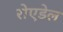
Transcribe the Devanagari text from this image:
रोएडेल